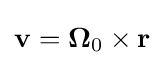
\mathbf {v} =\mathbf {\Omega } _{0}\times \mathbf {r}